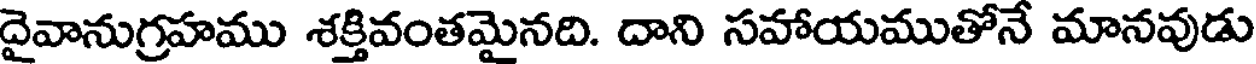
దైవానుగ్రహము శక్తివంతమైనది. దాని సహాయముతోనే మానవుడు